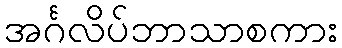
အင်္ဂလိပ်ဘာသာစကား